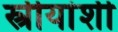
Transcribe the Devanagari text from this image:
स्त्रीयांशी